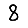
Digit: 8